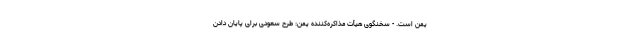
یمن است. - سخنگوی هیأت مذاکره‌کننده یمن: طرح سعودی برای پایان دادن